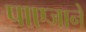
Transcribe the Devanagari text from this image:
पाएजाने